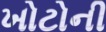
ખોટોની